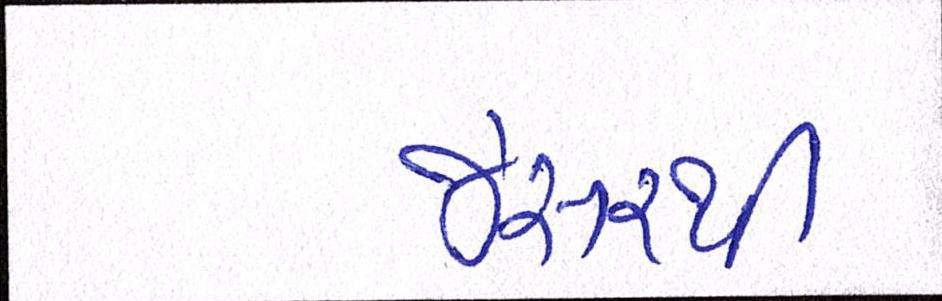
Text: જેસરથી